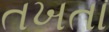
તખતા